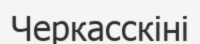
Черкасскіні